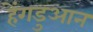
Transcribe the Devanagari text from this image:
हेंगडुआन